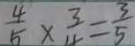
\frac { 4 } { 5 } \times \frac { 3 } { 4 } = \frac { 3 } { 5 }